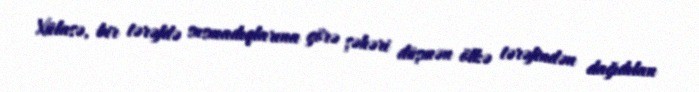
Xülasə, bir tərəfdə susmadıqlarına görə şəhəri düşmən ölkə tərəfindən dağıdılan